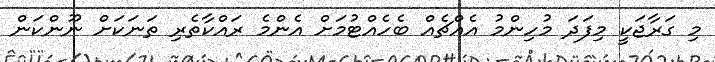
މި ގަރާޖަކީ މިފަދަ މުހިންމު އެއްޗެއް ބެހެއްޓުމަށް އެންމެ ރައްކާތެރި ތަނަކަށް ނޫންކަން